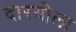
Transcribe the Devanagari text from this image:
दारयोला